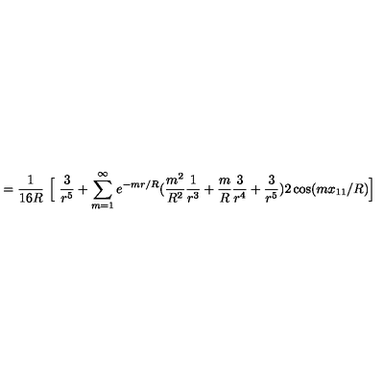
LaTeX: = \frac { 1 } { 1 6 R } \ \Big [ \ \frac { 3 } { r ^ { 5 } } + \sum _ { m = 1 } ^ { \infty } e ^ { - m r / R } ( \frac { m ^ { 2 } } { R ^ { 2 } } \frac { 1 } { r ^ { 3 } } + \frac { m } { R } \frac { 3 } { r ^ { 4 } } + \frac { 3 } { r ^ { 5 } } ) 2 \cos ( m x _ { 1 1 } / R ) \Big ]